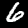
Digit: 6